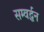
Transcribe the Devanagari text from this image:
सम्वर्द्धन